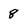
Character: 8